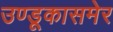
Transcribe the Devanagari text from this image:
उण्डूकासमेर